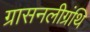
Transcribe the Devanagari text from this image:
ग्रासनलीग्रंथि